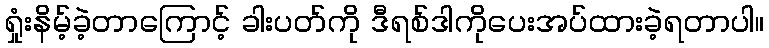
ရှုံးနိမ့်ခဲ့တာကြောင့် ခါးပတ်ကို ဒီရစ်ဒါကိုပေးအပ်ထားခဲ့ရတာပါ။